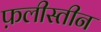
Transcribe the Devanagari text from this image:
फ़लीस्तीन